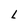
Character: L